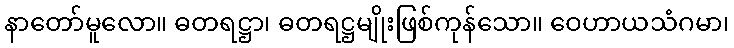
နာတော်မူလော။ ဓတရဋ္ဌာ၊ ဓတရဋ္ဌမျိုးဖြစ်ကုန်သော။ ဝေဟာယသံဂမာ၊